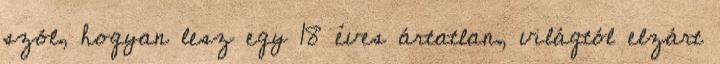
szól, hogyan lesz egy 18 éves ártatlan, világtól elzárt